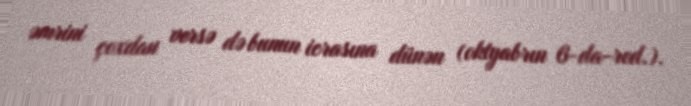
əmrini çoxdan versə də bunun icrasına dünən (oktyabrın 6-da-red.).